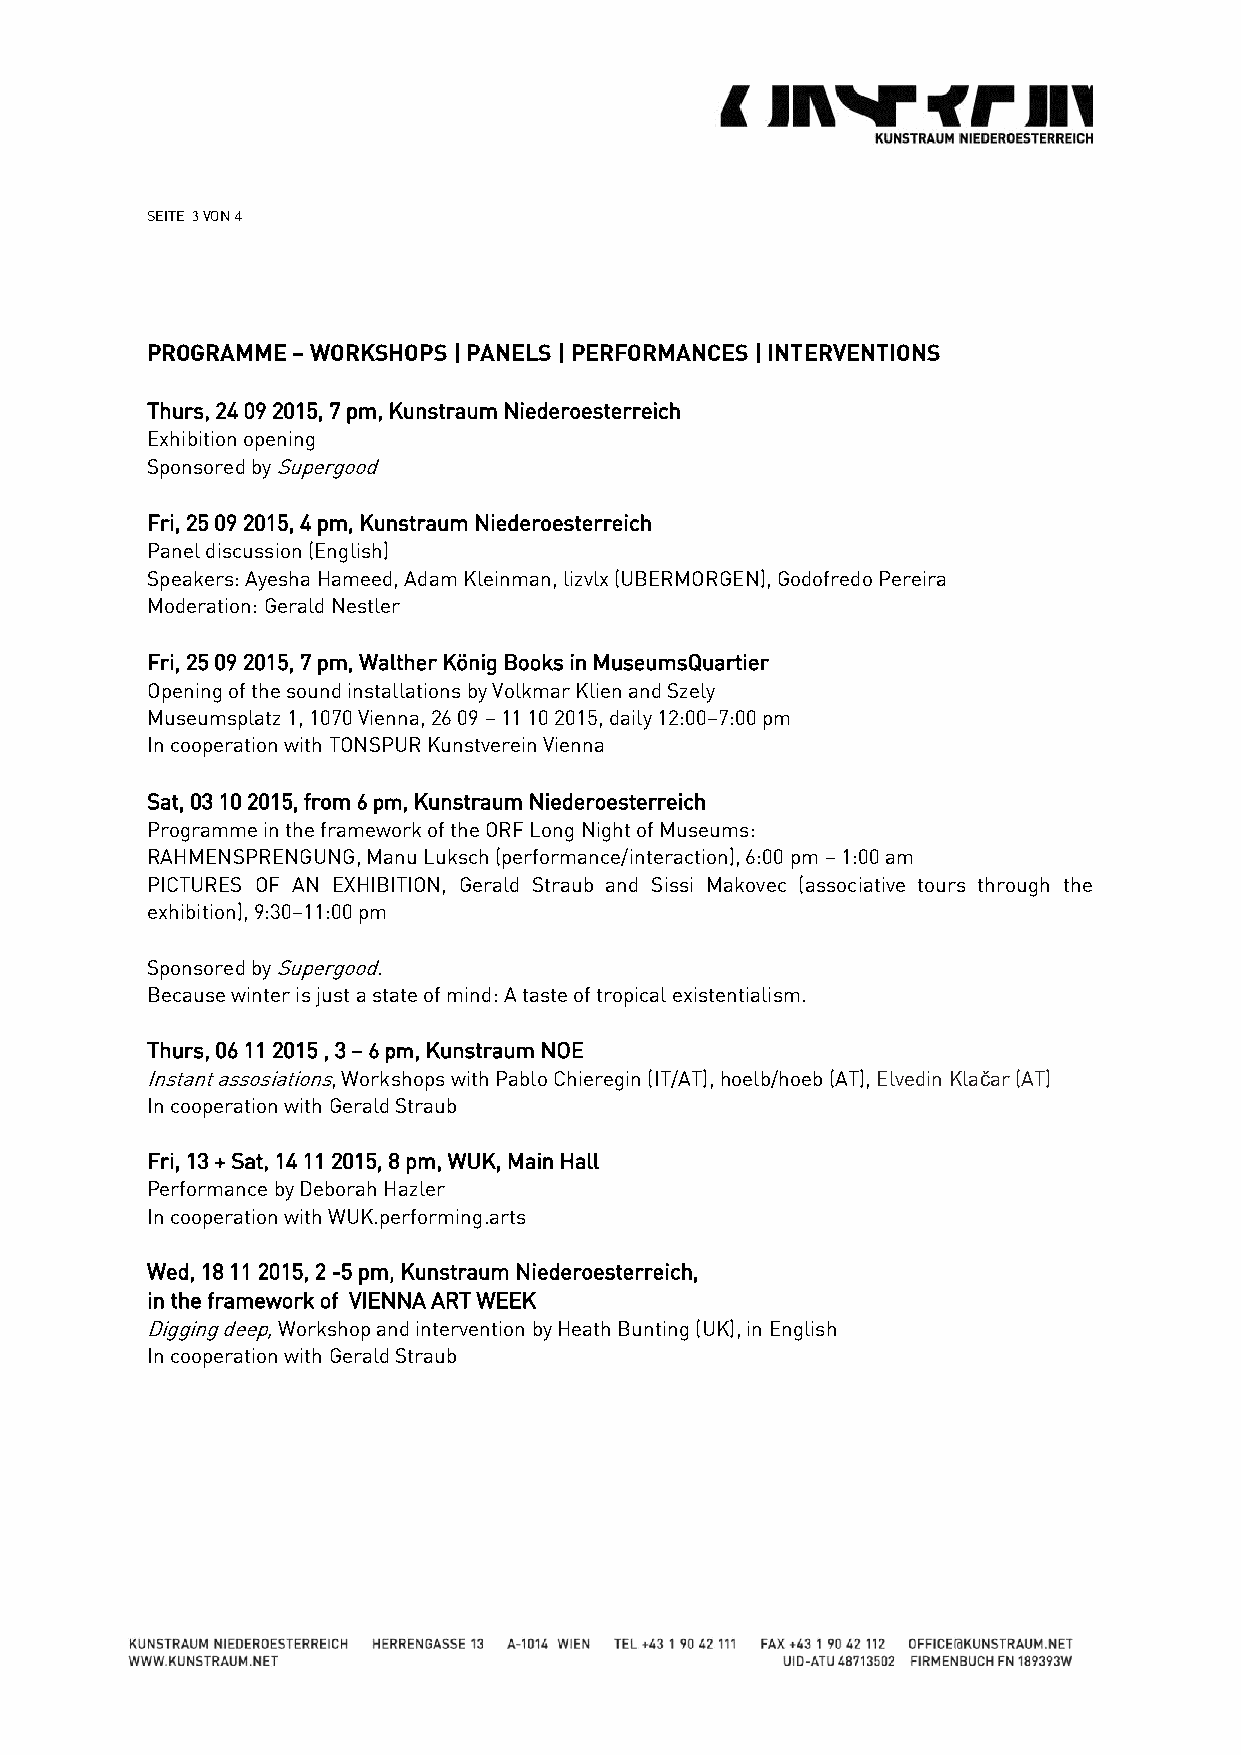
SEITE 3 VON 4
 PROGRAMME – WORKSHOPS | PANELS | PERFORMANCES | INTERVENTIONS
 Thurs, 24 09 2015, 7 pm, Kunstraum Niederoesterreich
 Exhibition opening
 Sponsored by Supergood
 Fri, 25 09 2015, 4 pm, Kunstraum Niederoesterreich
 Panel discussion (English)
 Speakers: Ayesha Hameed, Adam Kleinman, lizvlx (UBERMORGEN), Godofredo Pereira
 Moderation: Gerald Nestler
 Fri, 25 09 2015, 7 pm, Walther König Books in MuseumsQuartier
 Opening of the sound installations by Volkmar Klien and Szely
 Museumsplatz 1, 1070 Vienna, 26 09 – 11 10 2015, daily 12:00–7:00 pm
 In cooperation with TONSPUR Kunstverein Vienna
 Sat, 03 10 2015, from 6 pm, Kunstraum Niederoesterreich
 Programme in the framework of the ORF Long Night of Museums:
 RAHMENSPRENGUNG, Manu Luksch (performance/interaction), 6:00 pm – 1:00 am
 PICTURES OF AN EXHIBITION, Gerald Straub and Sissi Makovec (associative tours through the
 exhibition), 9:30–11:00 pm
 Sponsored by Supergood.
 Because winter is just a state of mind: A taste of tropical existentialism.
 Thurs, 06 11 2015 , 3 – 6 pm, Kunstraum NOE
 Instant assosiations, Workshops with Pablo Chieregin (IT/AT), hoelb/hoeb (AT), Elvedin Klačar (AT)
 In cooperation with Gerald Straub
 Fri, 13 + Sat, 14 11 2015, 8 pm, WUK, Main Hall
 Performance by Deborah Hazler
 In cooperation with WUK.performing.arts
 Wed, 18 11 2015, 2 -5 pm, Kunstraum Niederoesterreich,
 in the framework of VIENNA ART WEEK
 Digging deep, Workshop and intervention by Heath Bunting (UK), in English
 In cooperation with Gerald Straub